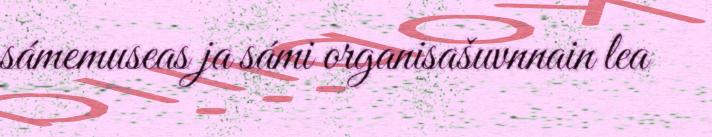
sámemuseas ja sámi organisašuvnnain lea